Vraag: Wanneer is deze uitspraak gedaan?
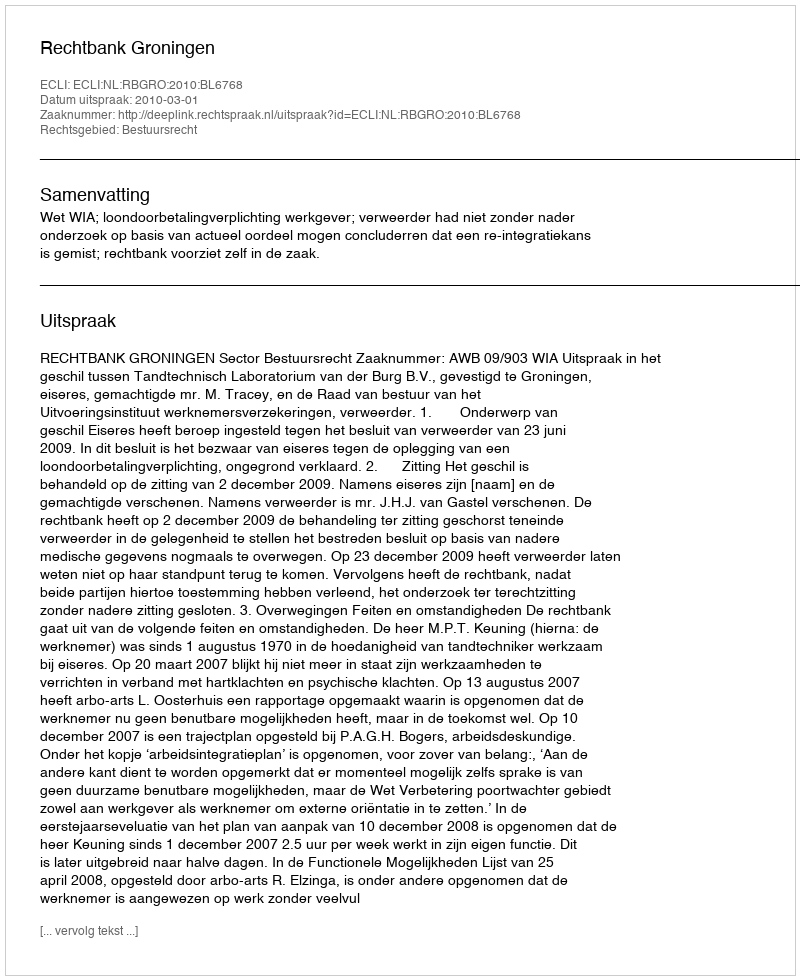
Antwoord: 2010-03-01